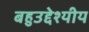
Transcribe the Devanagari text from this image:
बहुउद्देश्‍यीय